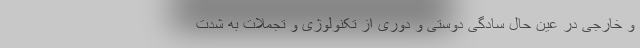
و خارجی در عین حال سادگی­ دوستی و دوری از تکنولوژی و تجملات به شدت